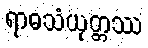
ရာဓသံယုတ္တဿ